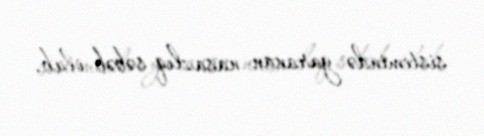
sistemində yaranan nasazlıq səbəb olub.